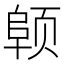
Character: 𬱪